Report of the Indian Hemp Drugs Commission, 1894-1895 - Volume VI
Year: 1894
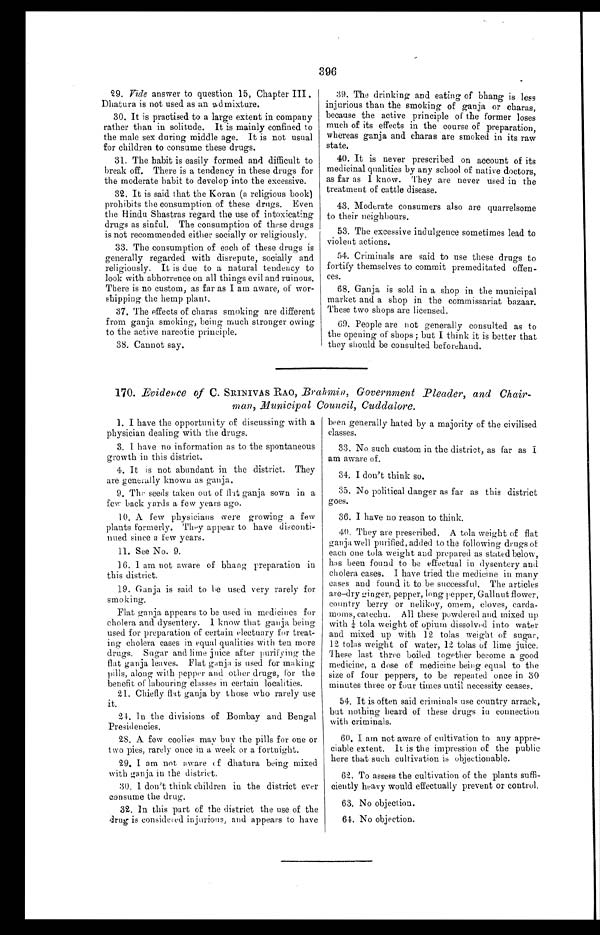
396
29. Vide answer to question 15, Chapter III.
Dhatura is not used as an admixture.
30. It is practised to a large extent in company
rather than in solitude. It is mainly confined to
the male sex during middle age. It is not usual
for children to consume these drugs.
31. The habit is easily formed and difficult to
break off. There is a tendency in these drugs for
the moderate habit to develop into the excessive.
32. It is said that the Koran (a religious book)
prohibits the consumption of these drugs. Even
the Hindu Shastras regard the use of intoxicating
drugs as sinful. The consumption of these drugs
is not recommended either socially or religiously.
33. The consumption of each of these drugs is
generally regarded with disrepute, socially and
religiously. It is due to a natural tendency to
look with abhorrence on all things evil and ruinous.
There is no custom, as far as I am aware, of wor-
shipping the hemp plant.
37. The effects of charas smoking are different
from ganja smoking, being much stronger owing
to the active narcotic principle.
38. Cannot say.
39. The drinking and eating of bhang is less
injurious than the smoking of ganja or charas,
because the active principle of the former loses
much of its effects in the course of preparation,
whereas ganja and charas are smoked in its raw
state.
40. It is never prescribed on account of its
medicinal qualities by any school of native doctors,
as far as I know. They are never used in the
treatment of cattle disease.
43. Moderate consumers also are quarrelsome
to their neighbours.
53. The excessive indulgence sometimes lead to
violent actions.
54. Criminals are said to use these drugs to
fortify themselves to commit premeditated offen-
ces.
68. Ganja is sold in a shop in the municipal
market and a shop in the commissariat bazaar.
These two shops are licensed.
69. People are not generally consulted as to
the opening of shops ; but I think it is better that
they should be consulted beforehand.
170. Evidence of C. SRINIVAS RAO, Brahmin, Government Pleader, and Chair-
man, Municipal Council, Cuddalore.
1. I have the opportunity of discussing with a
physician dealing with the drugs.
3. I have no information as to the spontaneous
growth in this district.
4. It is not abundant in the district. They
are generally known as ganja.
9.
The seeds taken out of flat ganja sown in a
few back yards a few years ago.
10. A few physicians were growing a few
plants formerly. They appear to have disconti-
nued since a few years.
11. See No. 9.
16. I am not aware of bhang preparation in
this district.
19. Ganja is said to be used very rarely for
smoking.
Flat ganja appears to be used in medicines for
cholera and dysentery. I know that ganja being
used for preparation of certain electuary for treat-
ing cholera cases in equal qualities with ten more
drugs. Sugar and lime juice after purifying the
flat ganja leaves. Flat ganja is used for making
pills, along with pepper and other drugs, for the
benefit of labouring classes in certain localities.
21. Chiefly flat ganja by those who rarely use
it.
24. In the divisions of Bombay and Bengal
Presidencies.
28. A few coolies may buy the pills for one or
two pies, rarely once in a week or a fortnight.
29. I am not aware of dhatura being mixed
with ganja in the district.
30. I don't think children in the district ever
consume the drug.
32. In this part of the district the use of the
drug is considered injurious, and appears to have
been generally hated by a majority of the civilised
classes.
33. No such custom in the district, as far as I
am aware of.
34. I don't think so.
35. No political danger as far as this district
goes.
36. I have no reason to think.
40. They are prescribed, A tola weight of flat
ganja well purified, added to the following drugs of
each one tola weight and prepared as stated below,
has been found to be effectual in dysentery and
cholera cases. I have tried the medicine in many
cases and found it to be successful. The articles
are–dry ginger, pepper, long pepper, Gallnut flower,
country berry or nelikoy, omem, cloves, carda-
moms, catechu. All these powdered and mixed up
with ¼ tola weight of opium dissolved into water
and mixed up with 12 tolas weight of sugar,
12 tolas weight of water, 12 tolas of lime juice.
These last three boiled together become a good
medicine, a dose of medicine being equal to the
size of four peppers, to be repeated once in 30
minutes three or four times until necessity ceases.
54. It is often said criminals use country arrack,
but nothing heard of these drugs in connection
with criminals.
60. I am not aware of cultivation to any appre-
ciable extent. It is the impression of the public
here that such cultivation is objectionable.
62. To assess the cultivation of the plants suffi-
ciently heavy would effectually prevent or control.
63. No objection.
64. No objection.